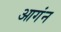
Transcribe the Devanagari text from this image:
आगंन